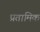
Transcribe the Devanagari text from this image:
प्रतामिक